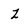
Character: Z